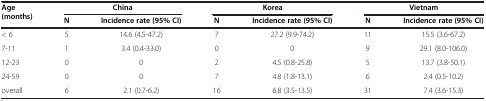
<table><thead><tr><td rowspan="2"><b>Age (months)</b></td><td><b> </b></td><td><b>China</b></td><td><b> </b></td><td><b>Korea</b></td><td><b> </b></td><td><b>Vietnam</b></td></tr><tr><td><b>N</b></td><td><b>Incidence rate (95% CI)</b></td><td><b>N</b></td><td><b>Incidence rate (95% CI)</b></td><td><b>N</b></td><td><b>Incidence rate (95% CI)</b></td></tr></thead><tbody><tr><td>&lt; 6</td><td>5</td><td>14.6 (4.5-47.2)</td><td>7</td><td>27.2 (9.9-74.2)</td><td>11</td><td>15.5 (3.6-67.2)</td></tr><tr><td>7-11</td><td>1</td><td>3.4 (0.4-33.0)</td><td>0</td><td>0</td><td>9</td><td>29.1 (8.0-106.0)</td></tr><tr><td>12-23</td><td>0</td><td>0</td><td>2</td><td>4.5 (0.8-25.8)</td><td>5</td><td>13.7 (3.8-50.1)</td></tr><tr><td>24-59</td><td>0</td><td>0</td><td>7</td><td>4.8 (1.8-13.1)</td><td>6</td><td>2.4 (0.5-10.2)</td></tr><tr><td>overall</td><td>6</td><td>2.1 (0.7-6.2)</td><td>16</td><td>6.8 (3.5-13.5)</td><td>31</td><td>7.4 (3.6-15.3)</td></tr></tbody></table>